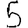
Digit: 5